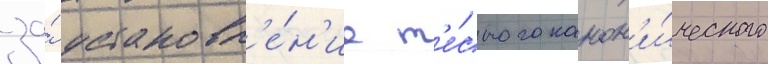
за́ установл'е́н'ие т'е́сного канон'и́ческого